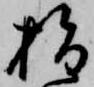
指